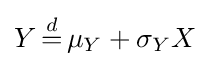
Y\,{\stackrel {d}{=}}\,\mu _{Y}+\sigma _{Y}X